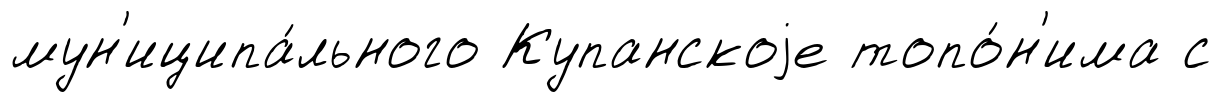
мун'иципа́льного Купанскоjе топо́н'има с